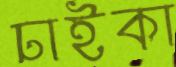
ঢাইকা